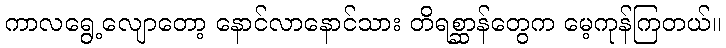
ကာလရွေ့လျောတော့ နောင်လာနောင်သား တိရစ္ဆာန်တွေက မေ့ကုန်ကြတယ်။